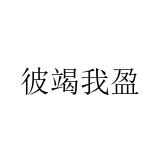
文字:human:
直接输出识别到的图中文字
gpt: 彼竭我盈